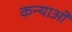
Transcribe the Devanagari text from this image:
कन्याओ